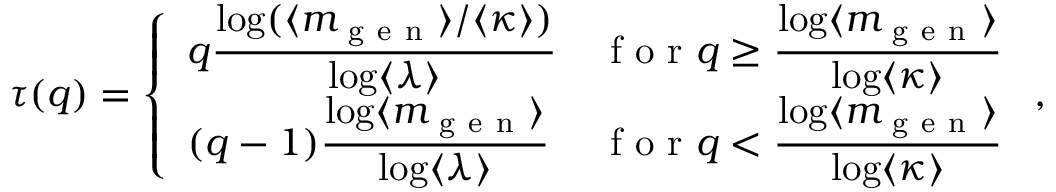
\tau ( q ) = \left\{ \begin{array} { l l } { q \displaystyle \frac { \log ( \langle m _ { \mathrm { ~ g ~ e ~ n ~ } } \rangle / \langle \kappa \rangle ) } { \log \langle \lambda \rangle } } & { \mathrm { ~ f ~ o ~ r ~ } q \ge \displaystyle \frac { \log \langle m _ { \mathrm { ~ g ~ e ~ n ~ } } \rangle } { \log \langle \kappa \rangle } } \\ { ( q - 1 ) \displaystyle \frac { \log \langle m _ { \mathrm { ~ g ~ e ~ n ~ } } \rangle } { \log \langle \lambda \rangle } } & { \mathrm { ~ f ~ o ~ r ~ } q < \displaystyle \frac { \log \langle m _ { \mathrm { ~ g ~ e ~ n ~ } } \rangle } { \log \langle \kappa \rangle } } \end{array} \right. ,